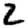
Digit: 2